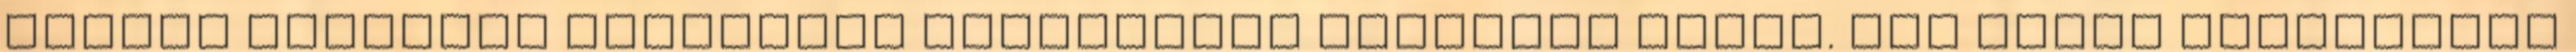
magyar hadsereg Kolozsvár térségébõl támadást indít. Még aznap elfoglalja